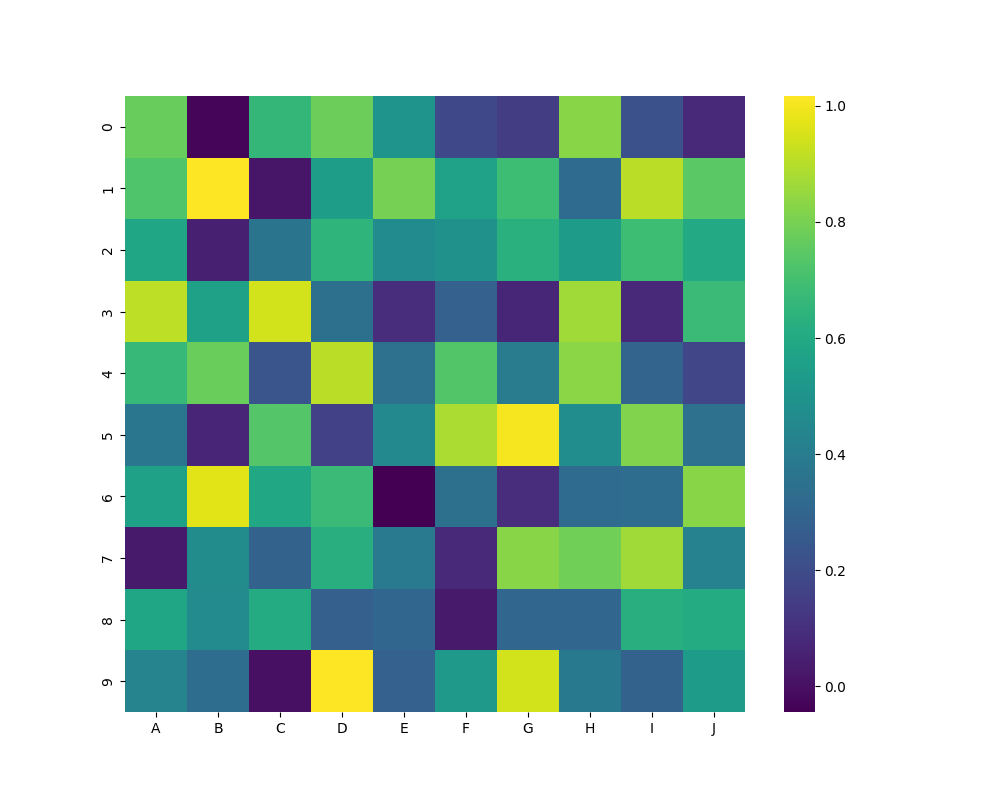
python, seaborn, heatmap, cmap='viridis', linewidths=0.0, center=none